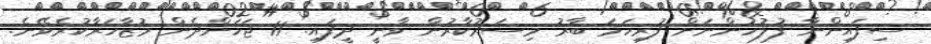
ސިފައިންނާ ފުލުހުންނަށް ފުރިހަމަ ބާރު މިސަރުކާރުން ވާނީ ދީފައި. 11 ޖަހަންދެން މުޒާހަރާކުރެވޭނެ.